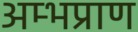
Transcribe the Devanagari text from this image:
अम्भप्राण